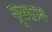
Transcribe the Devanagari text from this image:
वूल्टन